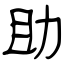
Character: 助